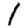
Digit: 1